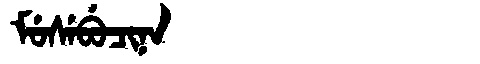
Manchu: ᠮᡠᠰᡝᠪᡠᠴᡳᠨᠠ
Romanization: MUSEBUCINA